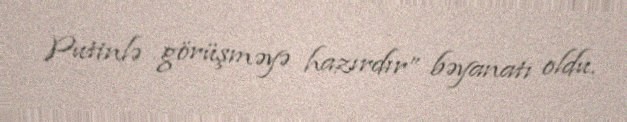
Putinlə görüşməyə hazırdır” bəyanatı oldu.